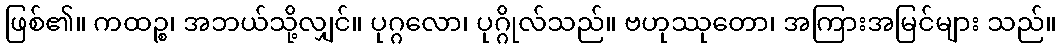
ဖြစ်၏။ ကထဉ္စ၊ အဘယ်သို့လျှင်။ ပုဂ္ဂလော၊ ပုဂ္ဂိုလ်သည်။ ဗဟုဿုတော၊ အကြားအမြင်များ သည်။